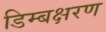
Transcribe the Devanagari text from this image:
डिम्बक्षरण